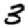
Digit: 3